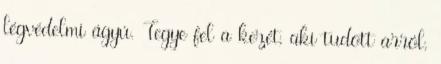
légvédelmi ágyú. Tegye fel a kezét, aki tudott arról,